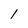
Character: 1